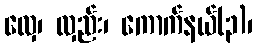
လှေ၊ လှည်း၊ ကောက်နယ်(၃)၊